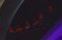
وعائلة